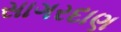
સાગરદાણ